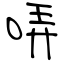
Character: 哢